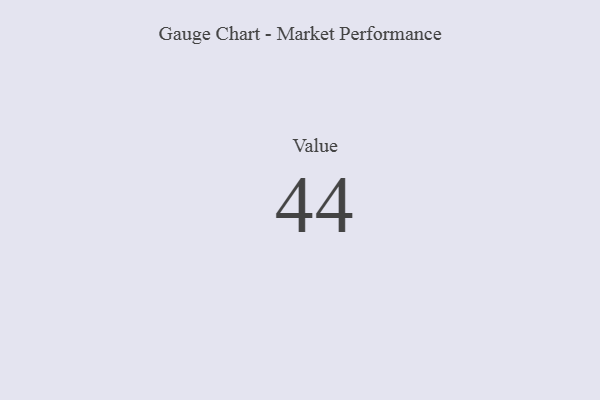
{"axis": {"x": "Metric", "y": "Value"}, "legend": [""], "data": [{"x": "Value", "y": 44, "type": ""}]}